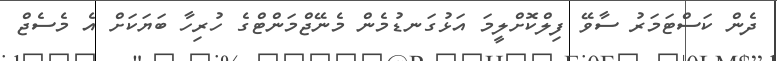
ދެން ކަސްޓަމަރު ސާވޭ ފިލްކޮށްލީމަ އަޅުގަނޑުމެން މެނޭޖްމަންޓްގެ ހުރިހާ ބަޔަކަށް އެ މެސެޖް